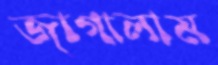
জাগালাম